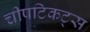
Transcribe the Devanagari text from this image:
चीपटिकट्स